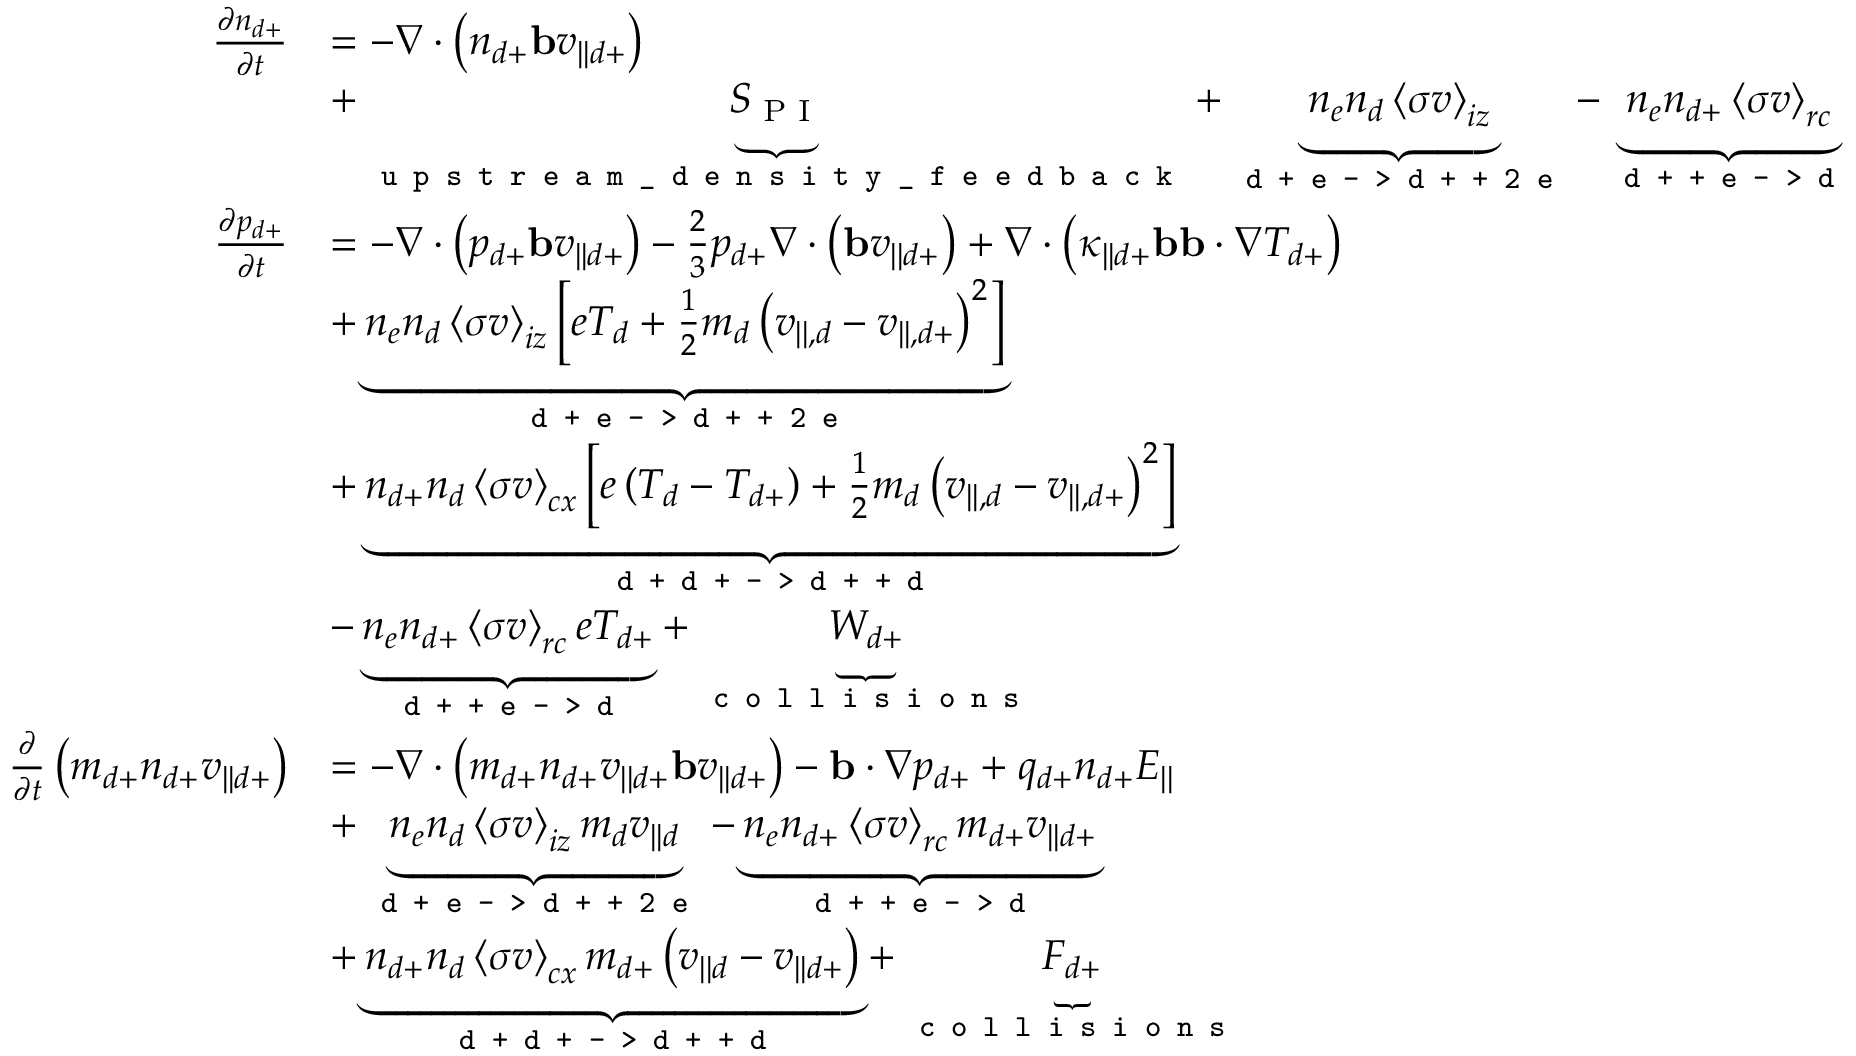
\begin{array} { r l } { \frac { \partial n _ { d + } } { \partial t } } & { = - \nabla \cdot \left( n _ { d + } \mathbf { b } v _ { | | d + } \right) } \\ & { + \underbrace { S _ { \textrm { P I } } } _ { \texttt { u p s t r e a m \_ d e n s i t y \_ f e e d b a c k } } + \underbrace { n _ { e } n _ { d } \left< \sigma v \right> _ { i z } } _ { \texttt { d + e - > d + + 2 e } } - \underbrace { n _ { e } n _ { d + } \left< \sigma v \right> _ { r c } } _ { \texttt { d + + e - > d } } } \\ { \frac { \partial p _ { d + } } { \partial t } } & { = - \nabla \cdot \left( p _ { d + } \mathbf { b } v _ { | | d + } \right) - \frac { 2 } { 3 } p _ { d + } \nabla \cdot \left( \mathbf { b } v _ { | | d + } \right) + \nabla \cdot \left( \kappa _ { | | d + } \mathbf { b } \mathbf { b } \cdot \nabla T _ { d + } \right) } \\ & { + \underbrace { n _ { e } n _ { d } \left< \sigma v \right> _ { i z } \left[ e T _ { d } + \frac { 1 } { 2 } m _ { d } \left( v _ { | | , d } - v _ { | | , d + } \right) ^ { 2 } \right] } _ { \texttt { d + e - > d + + 2 e } } } \\ & { + \underbrace { n _ { d + } n _ { d } \left< \sigma v \right> _ { c x } \left[ e \left( T _ { d } - T _ { d + } \right) + \frac { 1 } { 2 } m _ { d } \left( v _ { | | , d } - v _ { | | , d + } \right) ^ { 2 } \right] } _ { \texttt { d + d + - > d + + d } } } \\ & { - \underbrace { n _ { e } n _ { d + } \left< \sigma v \right> _ { r c } e T _ { d + } } _ { \texttt { d + + e - > d } } + \underbrace { W _ { d + } } _ { \texttt { c o l l i s i o n s } } } \\ { \frac { \partial } { \partial t } \left( m _ { d + } n _ { d + } v _ { | | d + } \right) } & { = - \nabla \cdot \left( m _ { d + } n _ { d + } v _ { | | d + } \mathbf { b } v _ { | | d + } \right) - \mathbf { b } \cdot \nabla p _ { d + } + q _ { d + } n _ { d + } E _ { | | } } \\ & { + \underbrace { n _ { e } n _ { d } \left< \sigma v \right> _ { i z } m _ { d } v _ { | | d } } _ { \texttt { d + e - > d + + 2 e } } - \underbrace { n _ { e } n _ { d + } \left< \sigma v \right> _ { r c } m _ { d + } v _ { | | d + } } _ { \texttt { d + + e - > d } } } \\ & { + \underbrace { n _ { d + } n _ { d } \left< \sigma v \right> _ { c x } m _ { d + } \left( v _ { | | d } - v _ { | | d + } \right) } _ { \texttt { d + d + - > d + + d } } + \underbrace { F _ { d + } } _ { \texttt { c o l l i s i o n s } } } \end{array}